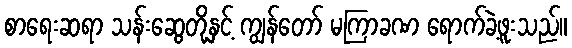
စာရေးဆရာ သန်းဆွေတို့နှင့် ကျွန်တော် မကြာခဏ ရောက်ခဲ့ဖူးသည်။